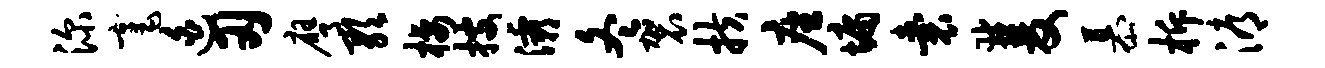
深毫迫刃膺歌栖搜灞冬袈扶座墉囊双慕柝溽